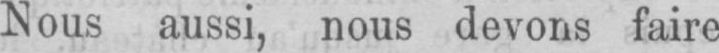
Nous aussi, nous devons faire